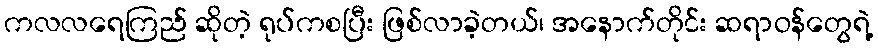
ကလလရေကြည် ဆိုတဲ့ ရုပ်ကစပြီး ဖြစ်လာခဲ့တယ်၊ အနောက်တိုင်း ဆရာဝန်တွေရဲ့